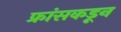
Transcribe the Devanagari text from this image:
फ्रांसकडून